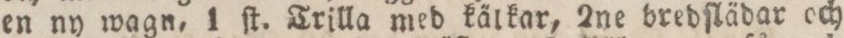
en ny wagn, 1 ſt. Trilla med kälkar, 2ne bredſlädar och